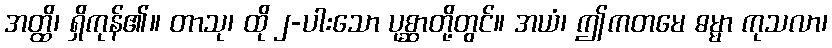
အတ္ထိ၊ ရှိကုန်၏။ တာသု၊ ထို ၂-ပါးသော ပုစ္ဆာတို့တွင်။ အယံ၊ ဤကတမေ ဓမ္မာ ကုသလာ၊